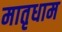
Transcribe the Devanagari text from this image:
मातृधाम